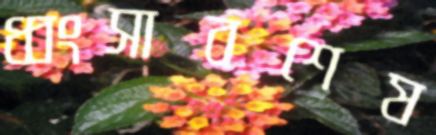
ধ্বংসাবশেষ